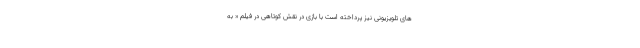
های تلویزیونی نیز پرداخته است با بازی در نقش کوتاهی در فیلم « به